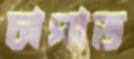
চাপাত